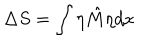
\Delta S = \int \eta \hat { M } \eta d x